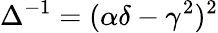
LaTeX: \Delta^{-1}=(\alpha\delta-\gamma^{2})^{2}